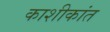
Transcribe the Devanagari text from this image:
काशीकांत